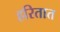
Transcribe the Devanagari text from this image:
हरितात